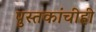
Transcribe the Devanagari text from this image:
पुस्तकांचीही